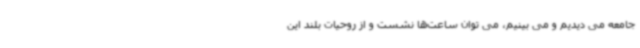
جامعه می دیدیم و می بینیم، می توان ساعت‌ها نشست و از روحیات بلند این